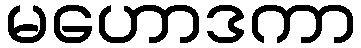
မဟောဒကာ